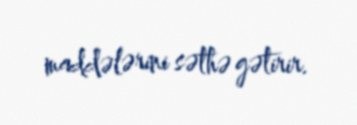
maddələrini səthə gətirir.